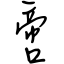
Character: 啻